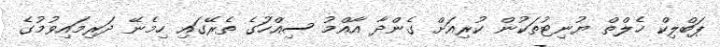
ޕަބްލިކް ހެލްތް ޔުނިޓުތަކުން ކުރިއަށް ގެންދާ އާއްމު ސިއްހަުގެ ތެރޭގައި ހިމެނޭ ދަރިމައިވުމުގެ